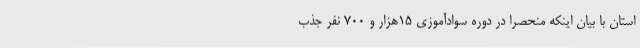
استان با بیان اینکه منحصراً در دوره سوادآموزی 15هزار و 700 نفر جذب